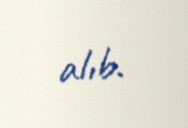
alıb.